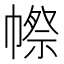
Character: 㡜